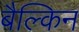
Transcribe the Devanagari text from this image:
बैल्किन